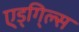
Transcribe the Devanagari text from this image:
ए्ड्गि्ल्स